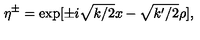
\eta ^ { \pm } = \exp [ \pm i \sqrt { k / 2 } x - \sqrt { k ^ { \prime } / 2 } \rho ] ,